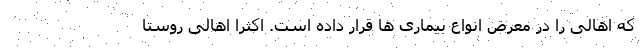
که اهالی را در معرض انواع بیماری ها قرار داده است. اکثرا اهالی روستا